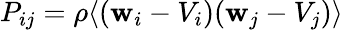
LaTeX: P_{ij}=\rho\langle(\mathbf{w}_{i}-V_{i})(\mathbf{w}_{j}-V_{j})\rangle